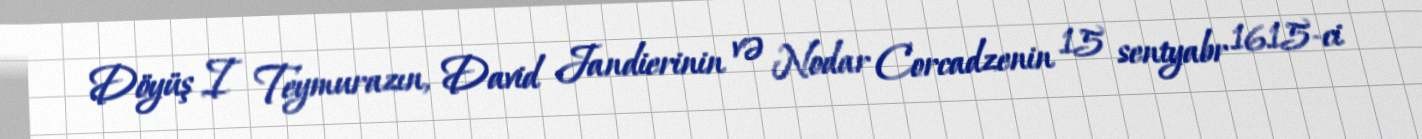
Döyüş I Teymurazın, David Jandierinin və Nodar Corcadzenin 15 sentyabr 1615-ci